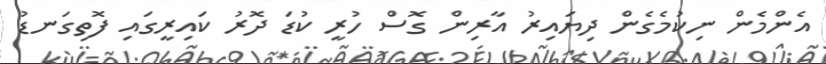
އެންމެން ނިކުމެގެން ދިޔައިރު އާރިން ގޮސް ހުރީ ކުޑަ ދޮރު ކައިރީގައި ފޮތިގަނޑު